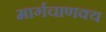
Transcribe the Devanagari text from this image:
मार्गचाणक्य